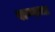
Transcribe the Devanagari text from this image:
बाष्पाचा